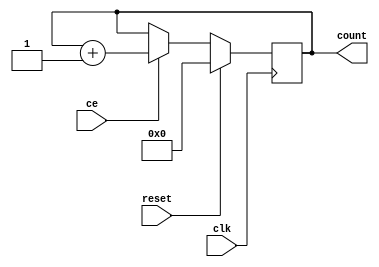
module counter #(
	parameter MAX = 15,
	parameter START = 0,
	parameter signed INC = 1
) (
	input clk,
	input reset,
	input ce,
	output reg [$clog2(MAX+1)-1:0] count = START
);
	localparam TCQ = 1;

	always @(posedge clk)
		if (reset)
			count <= #TCQ START;
		else if (ce)
			count <= #TCQ count + INC;
endmodule